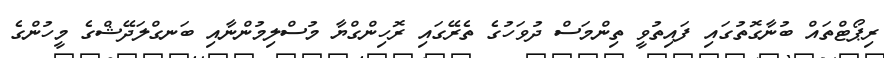
ރިޕޯޓްތައް ބުނާގޮތުގައި ފައިތުވީ ތިންމަސް ދުވަހުގެ ތެރޭގައި ރޮހިންގްޔާ މުސްލިމުންނާއި ބަނގްލަދޭޝްގެ މީހުންގެ